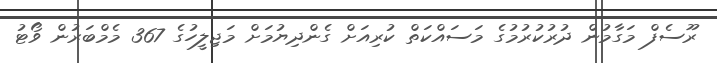
ރޫސެފް މަގާމުން ދުރުކުރުމުގެ މަސައްކަތް ކުރިއަށް ގެންދިޔުމަށް މަޖިލީހުގެ 367 މެމްބަރުން ވޯޓު